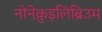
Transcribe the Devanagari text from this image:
नोनेक़ुइलिब्रिउम